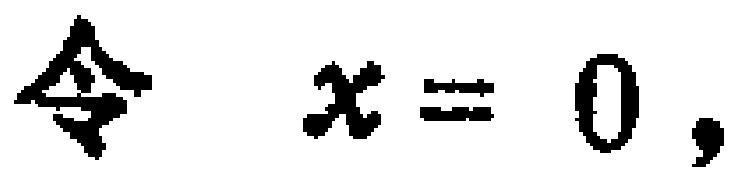
令 \(x = 0\)，